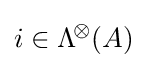
i\in \mathrm {\Lambda } ^{\!\otimes }\!\left({A}\right)